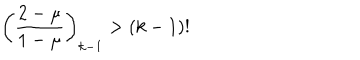
\left( \frac { 2 - \mu } { 1 - \mu } \right) _ { k - 1 } > ( k - 1 ) !